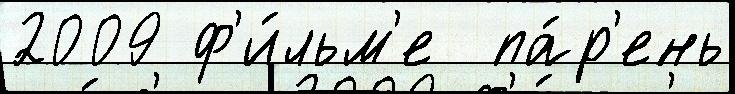
2009 ф'и́льм'е  па́р'ень